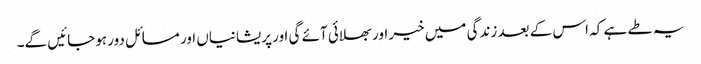
یہ طے ہے کہ اس کے بعد زندگی میں خیر اور بھلائی آئے گی اور پریشانیاں اور مسائل دور ہوجائیں گے۔